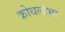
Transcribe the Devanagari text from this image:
क्रोधलोभा